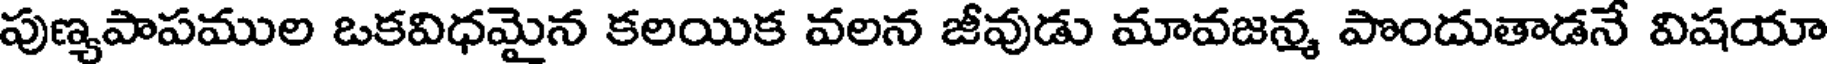
పుణ్యపాపముల ఒకవిధమైన కలయిక వలన జీవుడు మావజన్మ పొందుతాడనే విషయా